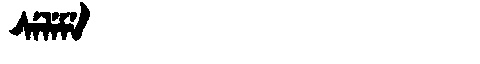
Manchu: ᠰᡝᠯᡝᠮᡝ
Romanization: SELEME